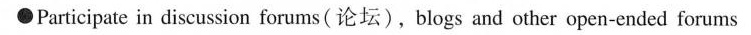
\bullet Participate in discussion forums(论坛),blogs and other open-ended forums